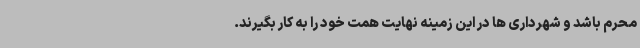
محرم باشد و شهرداری ها در این زمینه نهایت همت خود را به کار بگیرند.